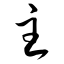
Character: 主